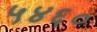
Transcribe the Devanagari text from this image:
५४६०